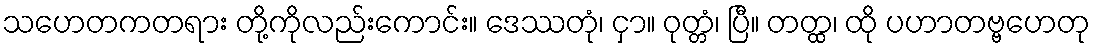
သဟေတကတရား တို့ကိုလည်းကောင်း။ ဒေဿတုံ၊ ငှာ။ ဝုတ္တံ၊ ပြီ။ တတ္ထ၊ ထို ပဟာတဗ္ဗဟေတု